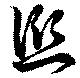
愆